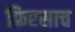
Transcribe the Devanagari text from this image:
फ्रिएसाच